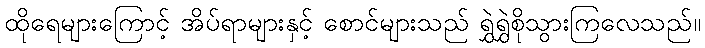
ထိုရေများကြောင့် အိပ်ရာများနှင့် စောင်များသည် ရွှဲရွှဲစိုသွားကြလေသည်။